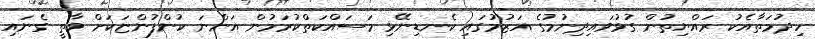
ހިދުމަތާއެކު ރައްޔިތުން ގުޅުވައިދިނުމުގެ އަޒުމުގައި ކެނޑިނޭޅި މަސައްކަތްކުރަމުން އަންނަ ކުންފުންޏަކަށް ވާތީ ގެނައި